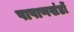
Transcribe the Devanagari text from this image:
पाषाणखंडों